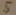
Text: 5